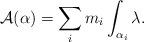
LaTeX: \begin{align*}\mathcal{A}(\alpha) = \sum_i m_i \int_{\alpha_i} \lambda.\end{align*}